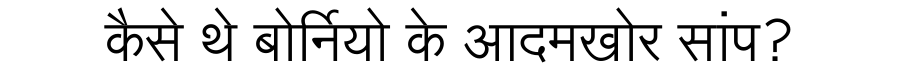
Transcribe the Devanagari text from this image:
कैसे थे बोर्नियो के आदमखोर सांप?